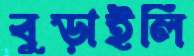
বুড়াইলি